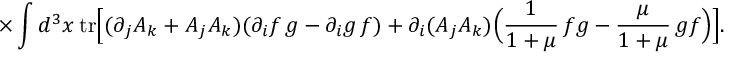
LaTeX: { \times } \int { d ^ { 3 } x \: \mathrm { t r } \Bigl [ ( \partial _ { j } A _ { k } + A _ { j } A _ { k } ) ( \partial _ { i } f \, g - \partial _ { i } g \, f ) + \partial _ { i } ( A _ { j } A _ { k } ) \Bigl ( \frac { 1 } { 1 + \mu } \, f g - \frac { \mu } { 1 + \mu } \, g f \Bigr ) \Bigr ] } .